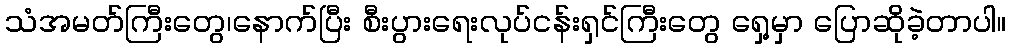
သံအမတ်ကြီးတွေ၊နောက်ပြီး စီးပွားရေးလုပ်ငန်းရှင်ကြီးတွေ ရှေ့မှာ ပြောဆိုခဲ့တာပါ။